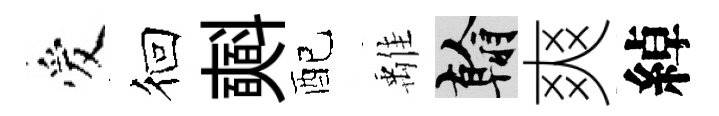
爱徊𣂏配𩀌翰爽綽